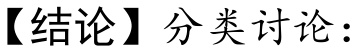
【结论】分类讨论：